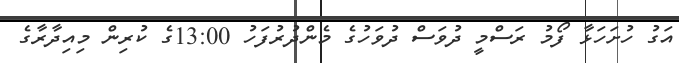
އަގު ހުށަހަޅާ ފޯމު ރަސްމީ ދުވަސް ދުވަހުގެ މެންދުރުފަހު 13:00ގެ ކުރިން މިއިދާރާގެ